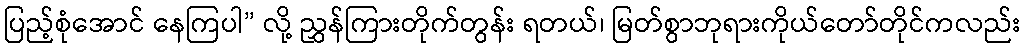
ပြည့်စုံအောင် နေကြပါ” လို့ ညွှန်ကြားတိုက်တွန်း ရတယ်၊ မြတ်စွာဘုရားကိုယ်တော်တိုင်ကလည်း